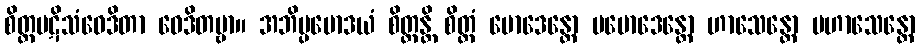
စိတ္တပဋိသံဝေဒိတာ ဝေဒိတဗ္ဗာ။ အဘိပ္ပမောဒယံ စိတ္တန္တိ စိတ္တံ မောဒေန္တော ပမောဒေန္တော ဟာသေန္တော ပဟာသေန္တော